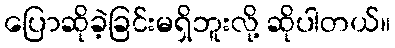
ပြောဆိုခဲ့ခြင်းမရှိဘူးလို့ ဆိုပါတယ်။